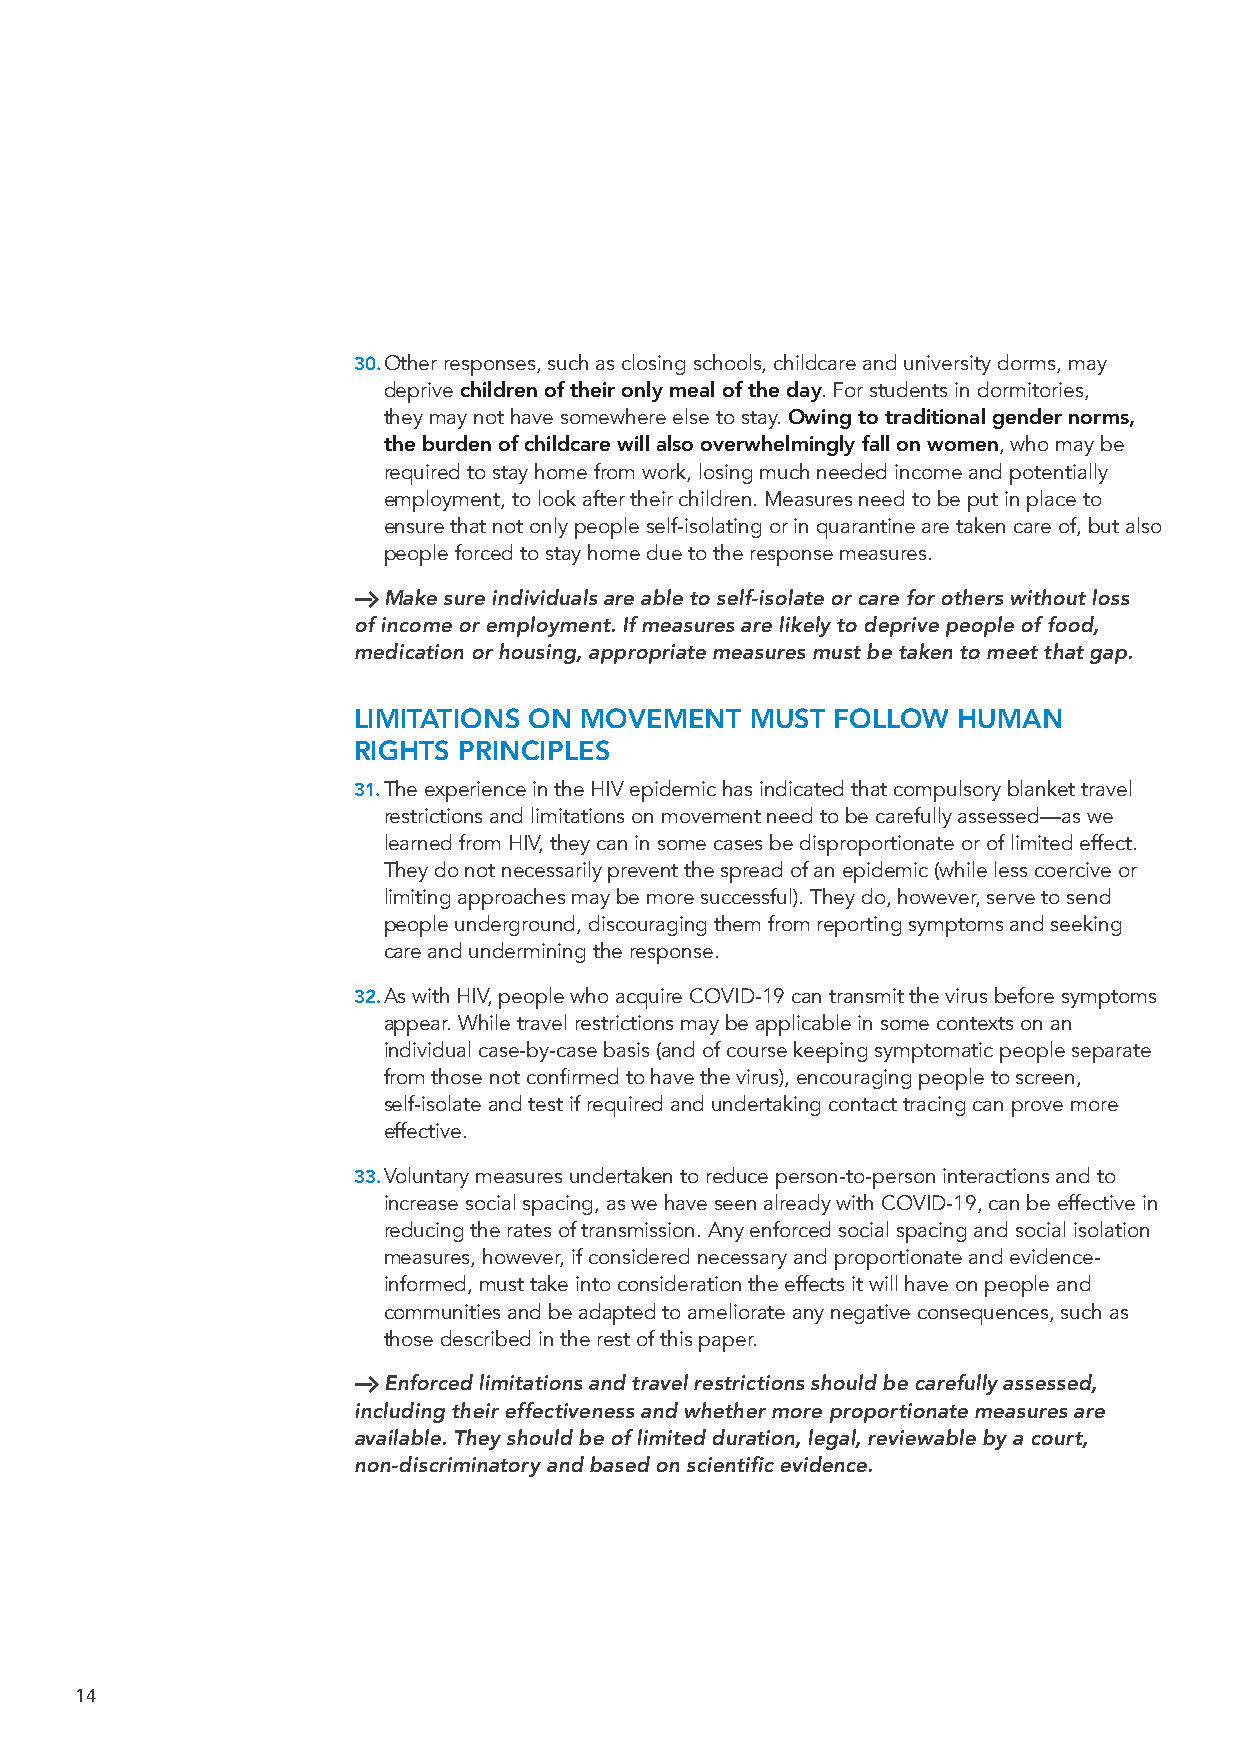
30. Other responses, such as closing schools, childcare and university dorms, may
 deprive children of their only meal of the day. For students in dormitories,
 they may not have somewhere else to stay. Owing to traditional gender norms,
 the burden of childcare will also overwhelmingly fall on women, who may be
 required to stay home from work, losing much needed income and potentially
 employment, to look after their children. Measures need to be put in place to
 ensure that not only people self-isolating or in quarantine are taken care of, but also
 people forced to stay home due to the response measures.
 H Make sure individuals are able to self-isolate or care for others without loss
 of income or employment. If measures are likely to deprive people of food,
 medication or housing, appropriate measures must be taken to meet that gap.
 LIMITATIONS ON MOVEMENT    MUST FOLLOW  HUMAN
 RIGHTS PRINCIPLES
 31. The experience in the HIV epidemic has indicated that compulsory blanket travel
 restrictions and limitations on movement need to be carefully assessed—as we
 learned from HIV, they can in some cases be disproportionate or of limited effect.
 They do not necessarily prevent the spread of an epidemic (while less coercive or
 limiting approaches may be more successful). They do, however, serve to send
 people underground, discouraging them from reporting symptoms and seeking
 care and undermining the response.
 32. As with HIV, people who acquire COVID-19 can transmit the virus before symptoms
 appear. While travel restrictions may be applicable in some contexts on an
 individual case-by-case basis (and of course keeping symptomatic people separate
 from those not confirmed to have the virus), encouraging people to screen,
 self-isolate and test if required and undertaking contact tracing can prove more
 effective.
 33. Voluntary measures undertaken to reduce person-to-person interactions and to
 increase social spacing, as we have seen already with COVID-19, can be effective in
 reducing the rates of transmission. Any enforced social spacing and social isolation
 measures, however, if considered necessary and proportionate and evidence-
 informed, must take into consideration the effects it will have on people and
 communities and be adapted to ameliorate any negative consequences, such as
 those described in the rest of this paper.
 H Enforced limitations and travel restrictions should be carefully assessed,
 including their effectiveness and whether more proportionate measures are
 available. They should be of limited duration, legal, reviewable by a court,
 non-discriminatory and based on scientific evidence.
 14